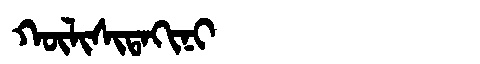
Manchu: ᡴᡡᠯᡳᠰᡳᡨᠠᡴᡳᠨᡳ
Romanization: KŪLISITAKINI